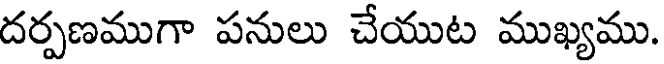
దర్పణముగా పనులు చేయుట ముఖ్యము.